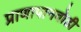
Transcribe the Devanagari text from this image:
प्राणापानवोढी